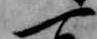
一